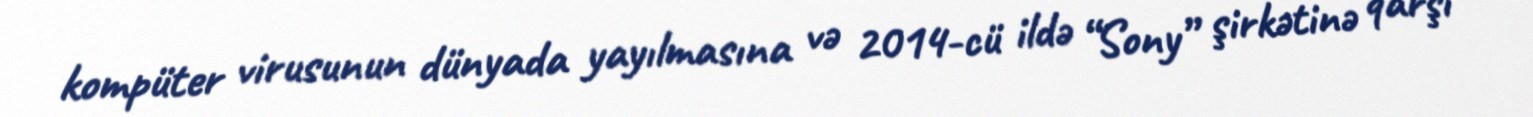
kompüter virusunun dünyada yayılmasına və 2014-cü ildə “Sony” şirkətinə qarşı